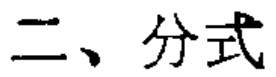
二、分式